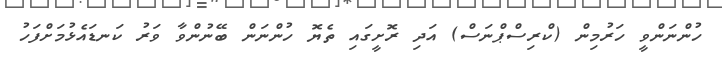
ހުންނަންވީ ހަރުމިން (ކްރިސްޕްނަސް) އަދި ރޮށީގައި ތެޔޮ ހުންނަން ބޭނުންވާ ވަރު ކަނޑައެޅުމަށްފަހު